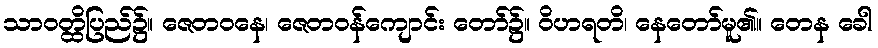
သာဝတ္ထိပြည်၌။ ဇေတဝနေ၊ ဇေတဝန်ကျောင်း တော်၌။ ဝိဟရတိ၊ နေတော်မူ၏။ တေန ခေါ